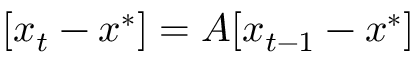
[ x _ { t } - x ^ { * } ] = A [ x _ { t - 1 } - x ^ { * } ]